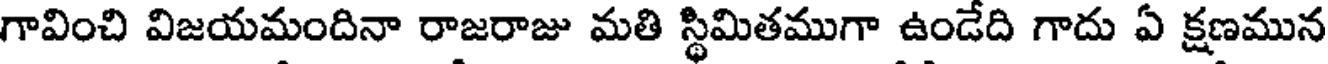
గావించి విజయమందినా రాజరాజు మతి స్థిమితముగా ఉండేది గాదు ఏ క్షణమున